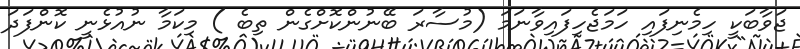
ޖަވާބަކީ ހިމެނިފައި ހަމަޖެހިފައިވާނަމަ (މުސާރަ ބޭނުންކޮށްގެން ތިބެ ) މިކަމާ ނުއުޅެނީ ކޮންފަދަ